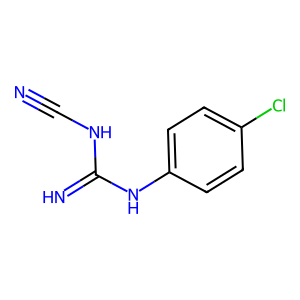
SMILES: N#CNC(=N)Nc1ccc(Cl)cc1
Inhibits HIV replication: No